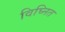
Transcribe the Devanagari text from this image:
विघ्नित